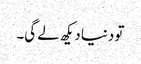
تو دنیا دیکھ لے گی۔